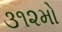
૩૧૨મો